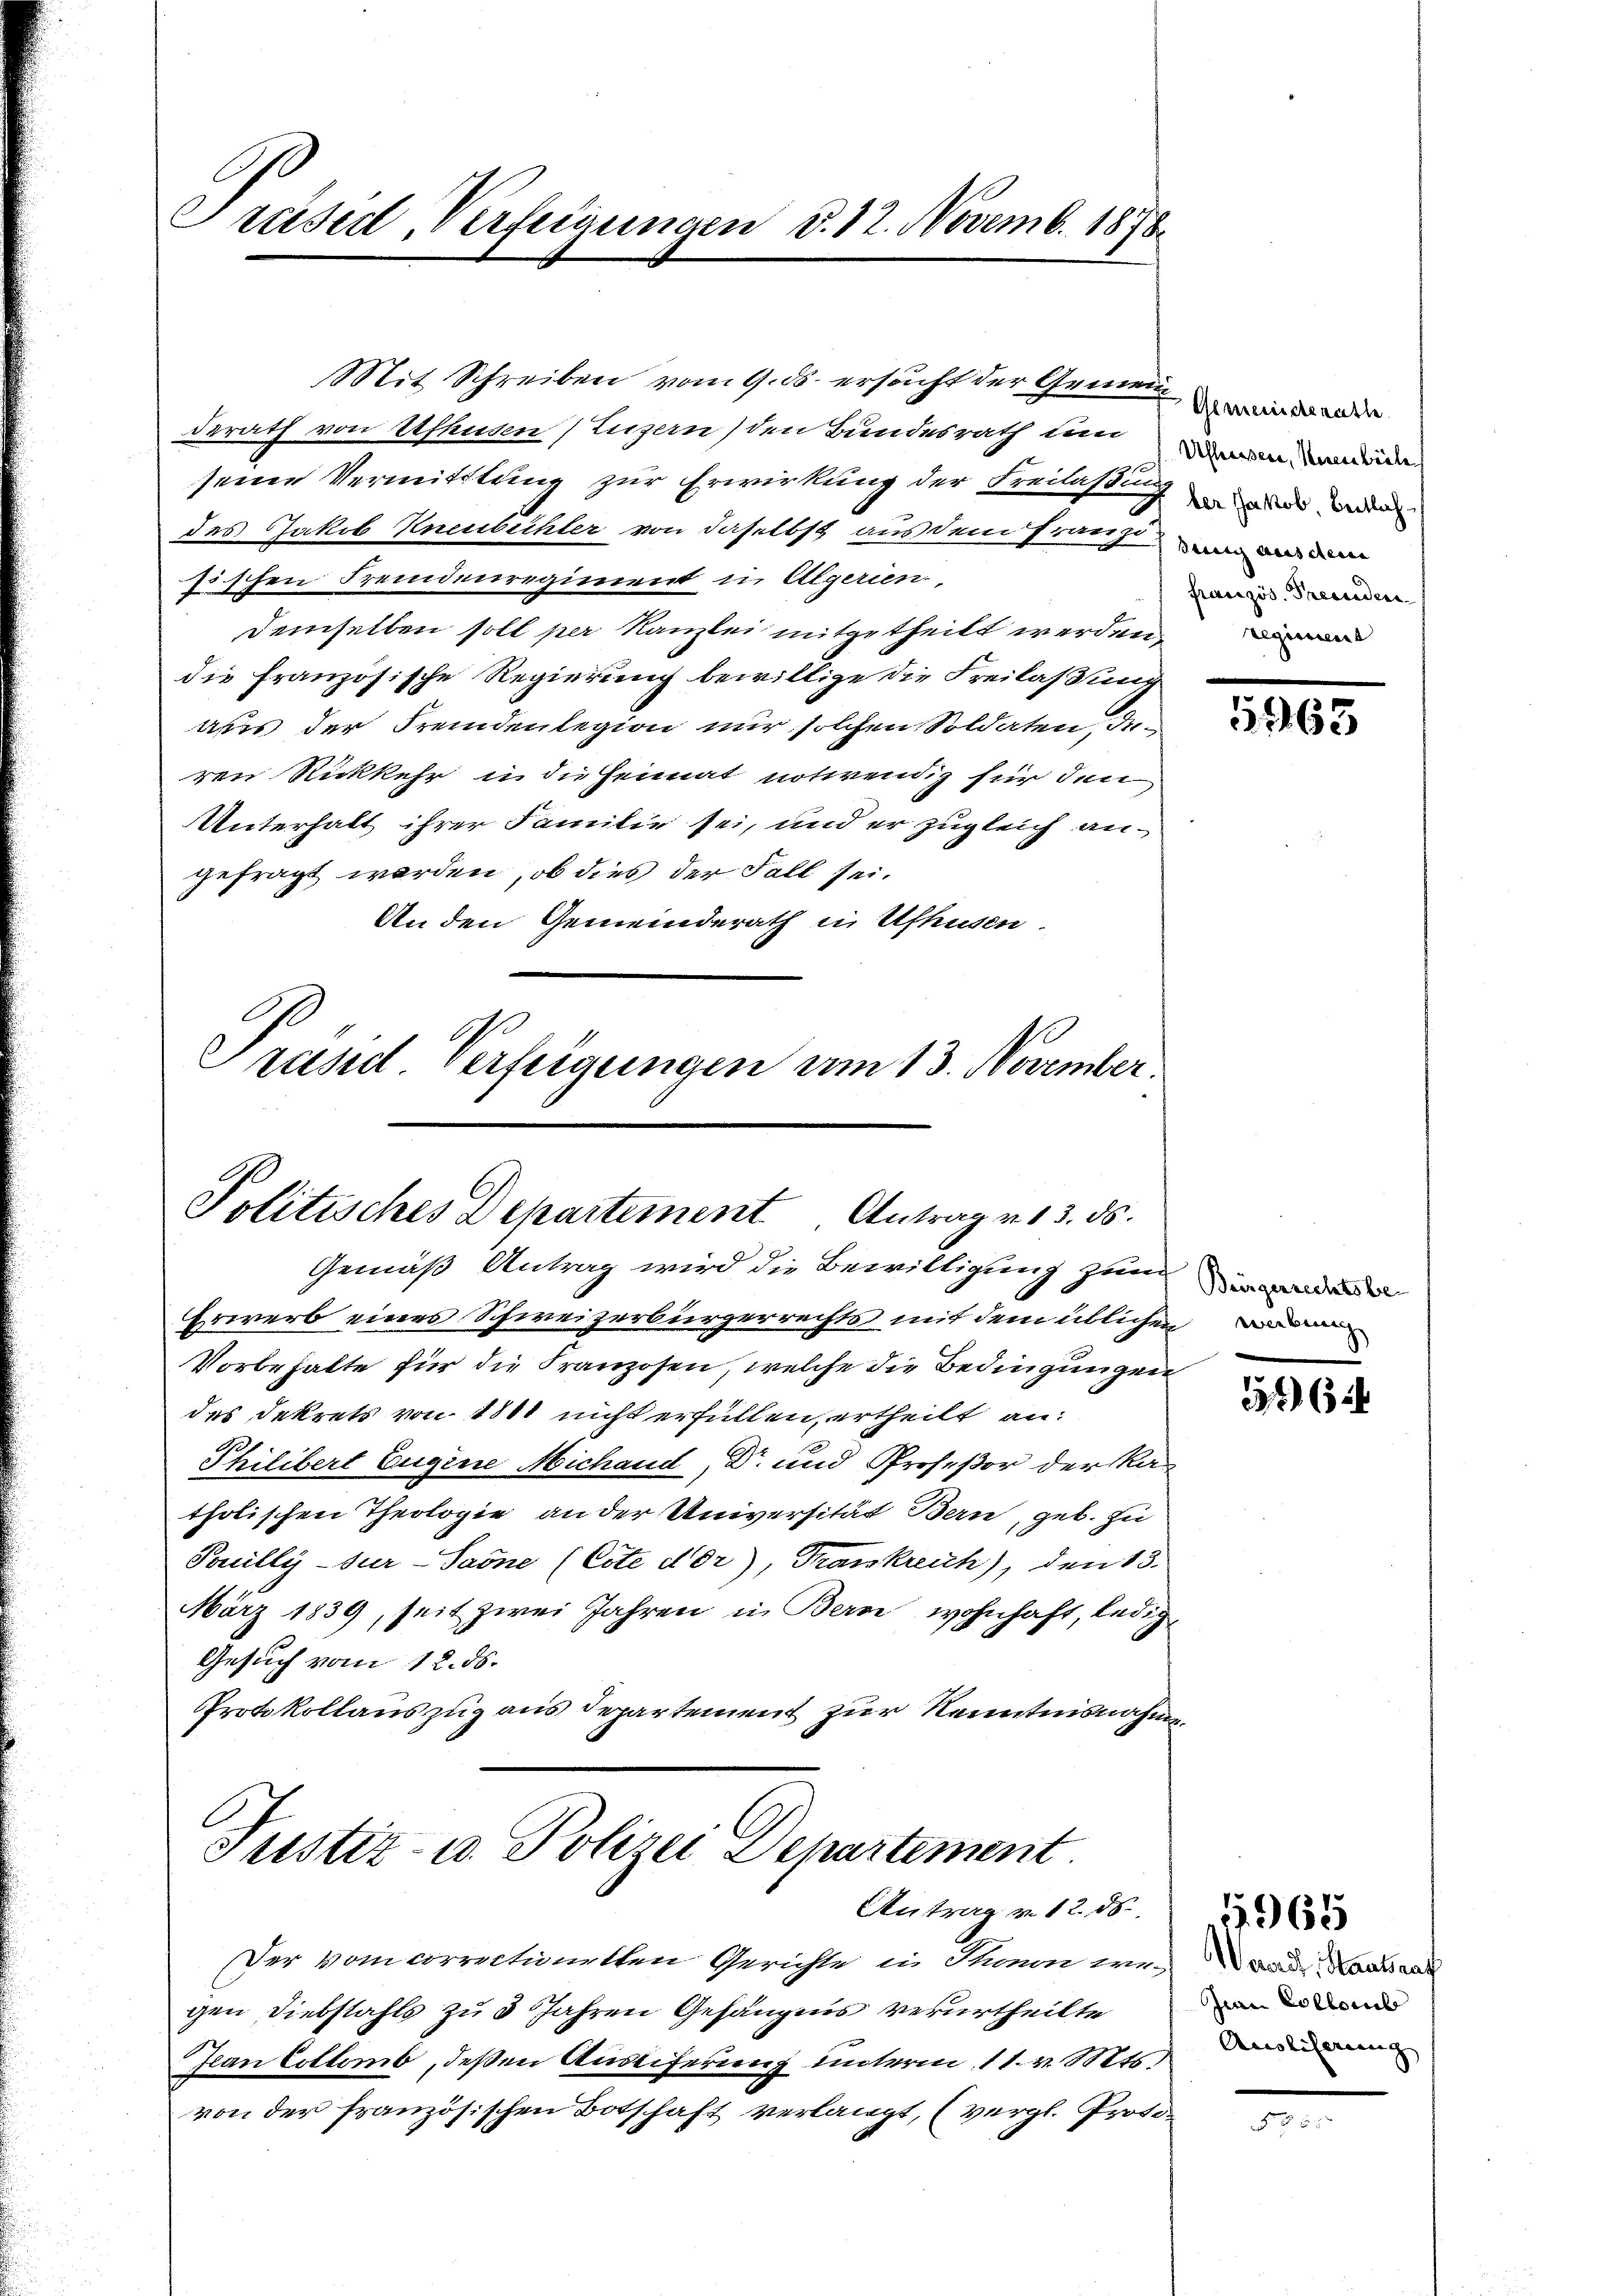
Präsid, Verfeigungen d. 12. Novemb. 1878.

Mit Schreiben vom 9. ds. ersucht der Gemeinde de
derath von Erfhusen (Luzern) den Bundesrath u
seine Vermittlung zur Erwirkung der Freilaßung und de
des Jakob Kneubechler von daselbst aus dem Erweigen
fischen Fremdenregiment in Algerien.
demselben soll per Kanzlei mitgetheilt werden.
die französische Regierung bewillige die Freilaßung
aus der Fremdenlegion nur solchen Soldaten, den
ren Rickkehr in die Heimat notwendig für den
Unterhalt ihrer Familie sei, und er zugleich angefragt werden, ob dies der Fall sei.
An den Gemeinderath in Ufhusen.

Grund Verfeigungen am 13. November.

Politisches Departement Antrag v. 13. ds.

Justiz- u. Polizei Departement.
Antrag v. 12. ds.

Gemäß Antrag wird die Bewilligung zum weder
Erwerb eines Schweizerbürgerrechts mit dem üblichen u dein
Vorbehalte für die Franzosen, welche die Bedingungen
des Dekrets von 1881 nicht erfüllen, ertheilt an:
Philibert Eugene Michand, Dr. und Profeßor der Ka
tholischen Theologie an der Universität Bern, geb. zu
Touilly-Sur-Paone (Cote der), Trankreich), den 13.
März 1839, seit zwei Jahren in Bern wohnhaft, ledig¬
Gesuch vom 12. ds.
Protokollauszug aus Departement zur Kenntnisnahmen

Der vom correctionetten Gerichte in Stonen werde. Kantonal
gen Diebstahls zu 3 Jahren Gefängens verurtheilte
Jean Collem, deßen Austiferung unterm 11. v. Mts. dann
von der französischen Botschaft verlangt, (vergl. Proto¬

Ufleissene, Neuenbeile
Französ. Preceden

965

576

Jean Collorib

1965